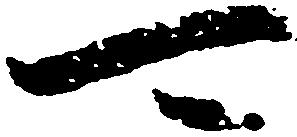
可